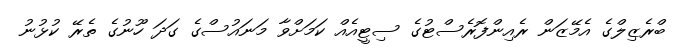
ބްރެޒިލްގެ އެމޭޒަން ރެއިންފޮރެސްޓުގެ ސިޓީއެއް ކަމަށްވާ މަނައުސްގެ ގަދަ ހޫނުގެ ތެރޭ ކުޅުނު